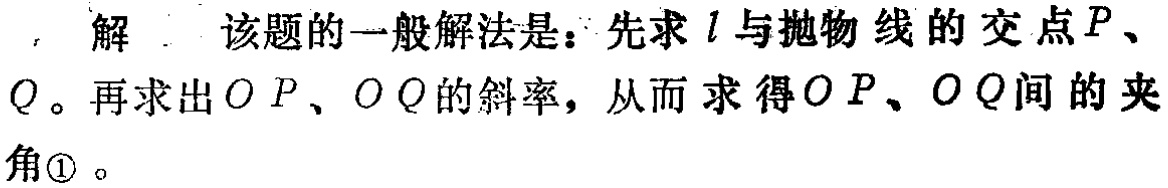
解. 该题的一般解法是：先求\(l\)与抛物线的交点\(P\)、\(Q\)。再求出\(OP\)、\(OQ\)的斜率，从而求得\(OP\)、\(OQ\)间的夹角\textcircled{1}。